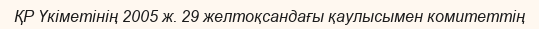
ҚР Үкіметінің 2005 ж. 29 желтоқсандағы қаулысымен комитеттің